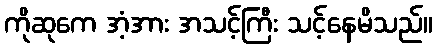
ကိုဆုကေ အံ့အား အသင့်ကြီး သင့်နေမိသည်။